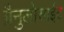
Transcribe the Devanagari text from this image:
ग्रैनुलोसाईट